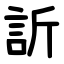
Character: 訢